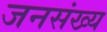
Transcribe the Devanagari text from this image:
जनसंख्य